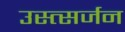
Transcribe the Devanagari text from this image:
उस्त्सर्जन